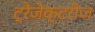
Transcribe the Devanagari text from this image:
ट्रैजेक्टरीज